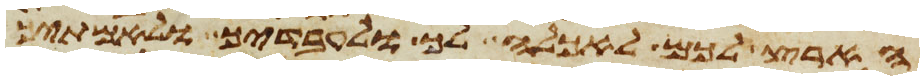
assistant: הארץ לכם לאכלה לך ולעבדיך ולאמתיך